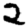
Digit: 2